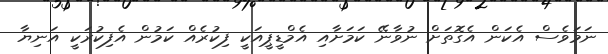
ނަމަވެސް އެކަން އެގޮތަށް ނުވާނޭ ކަމަށާއި އެމްޑީޕީއަކީ ފިކުރެއް ކަމުން އެފިކުރަކީ އަނިޔާ